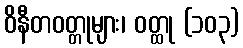
ဝိနီတဝတ္တုများ၊ ဝတ္ထု (၁၀၃)